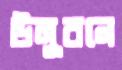
উলুবনে